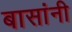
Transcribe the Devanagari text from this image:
बासांनी